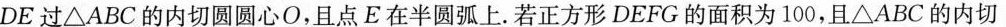
DE过△ABC的内切圆圆心O，且点E在半圆弧上。若正方形DEFG的面积为100，且△ABC的内切